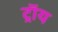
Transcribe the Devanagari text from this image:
ट्राॅय